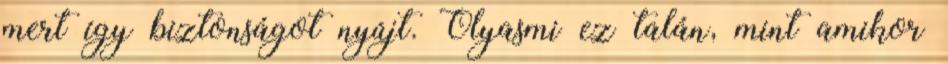
mert így biztonságot nyújt. Olyasmi ez talán, mint amikor